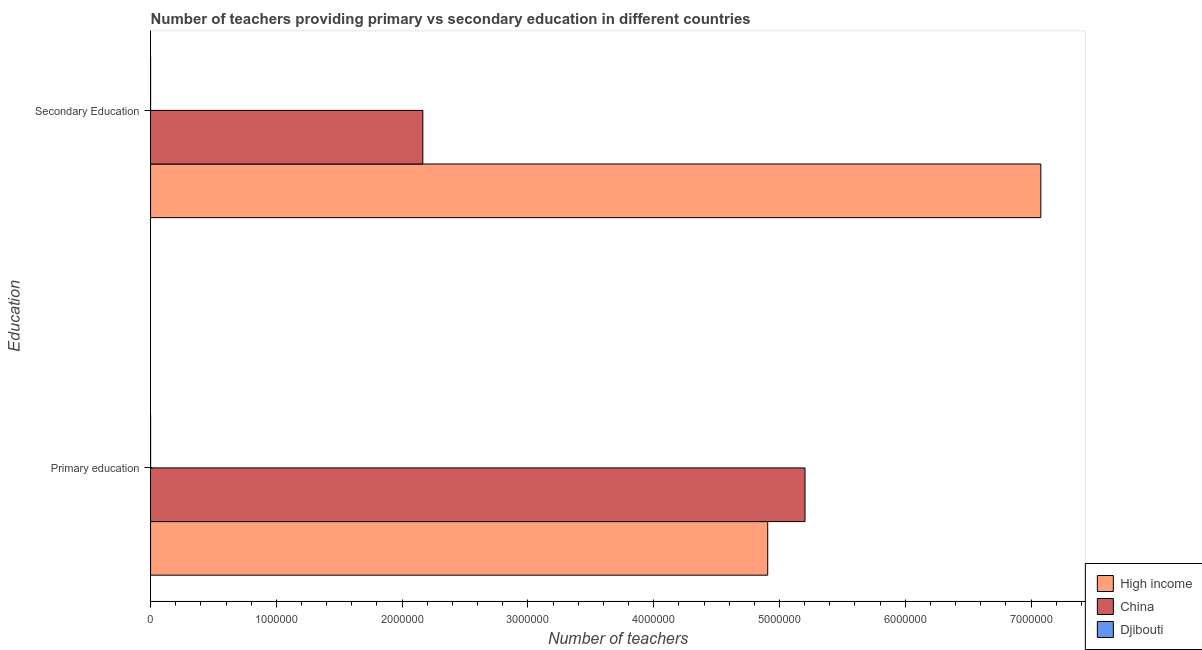
| Education | High income | China | Djibouti |
 | --- | --- | --- | --- |
 | Primary education | 4.91e+06 | 5.2e+06 | 268 |
 | Secondary Education | 7.08e+06 | 2.16e+06 | 148 |